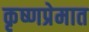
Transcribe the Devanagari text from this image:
कृष्णप्रेमात